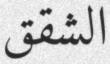
الشقق